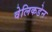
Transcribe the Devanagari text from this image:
वेलिकडेन